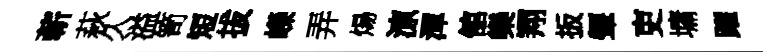
蔪萩久溢笥短拔嶸弄煬鿌渾舘欒翔扳顰吏墉躍